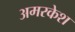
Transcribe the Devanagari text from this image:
अमरकेश